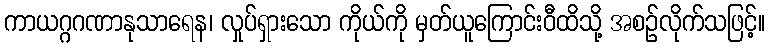
ကာယဂ္ဂဂဏာနုသာရေန၊ လှုပ်ရှားသော ကိုယ်ကို မှတ်ယူကြောင်းဝီထိသို့ အစဉ်လိုက်သဖြင့်။